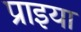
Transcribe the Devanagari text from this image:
प्राइया